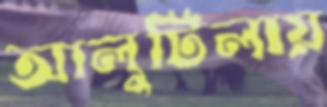
আলুটিলায়